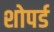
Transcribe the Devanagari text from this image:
शोपर्ड